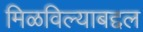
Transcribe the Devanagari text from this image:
मिळविल्याबद्दल